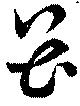
畏